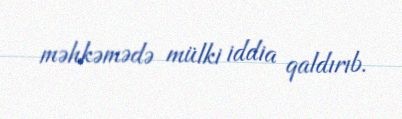
məhkəmədə mülki iddia qaldırıb.